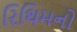
રિથિમનો